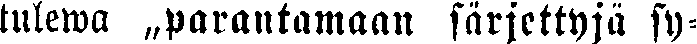
tulewa „parantamaan särjettyjä sy-